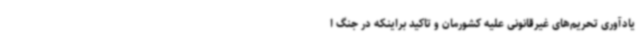
یادآوری تحریم‌های غیرقانونی علیه کشورمان و تاکید براینکه در جنگ ا